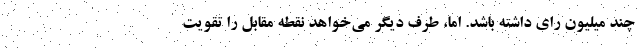
چند میلیون رای داشته باشد. اما، طرف دیگر می‌خواهد نقطه مقابل را تقویت